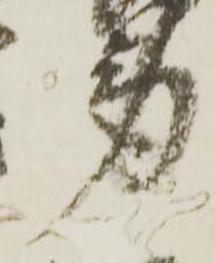
労